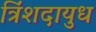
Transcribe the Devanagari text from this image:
त्रिंशदायुध